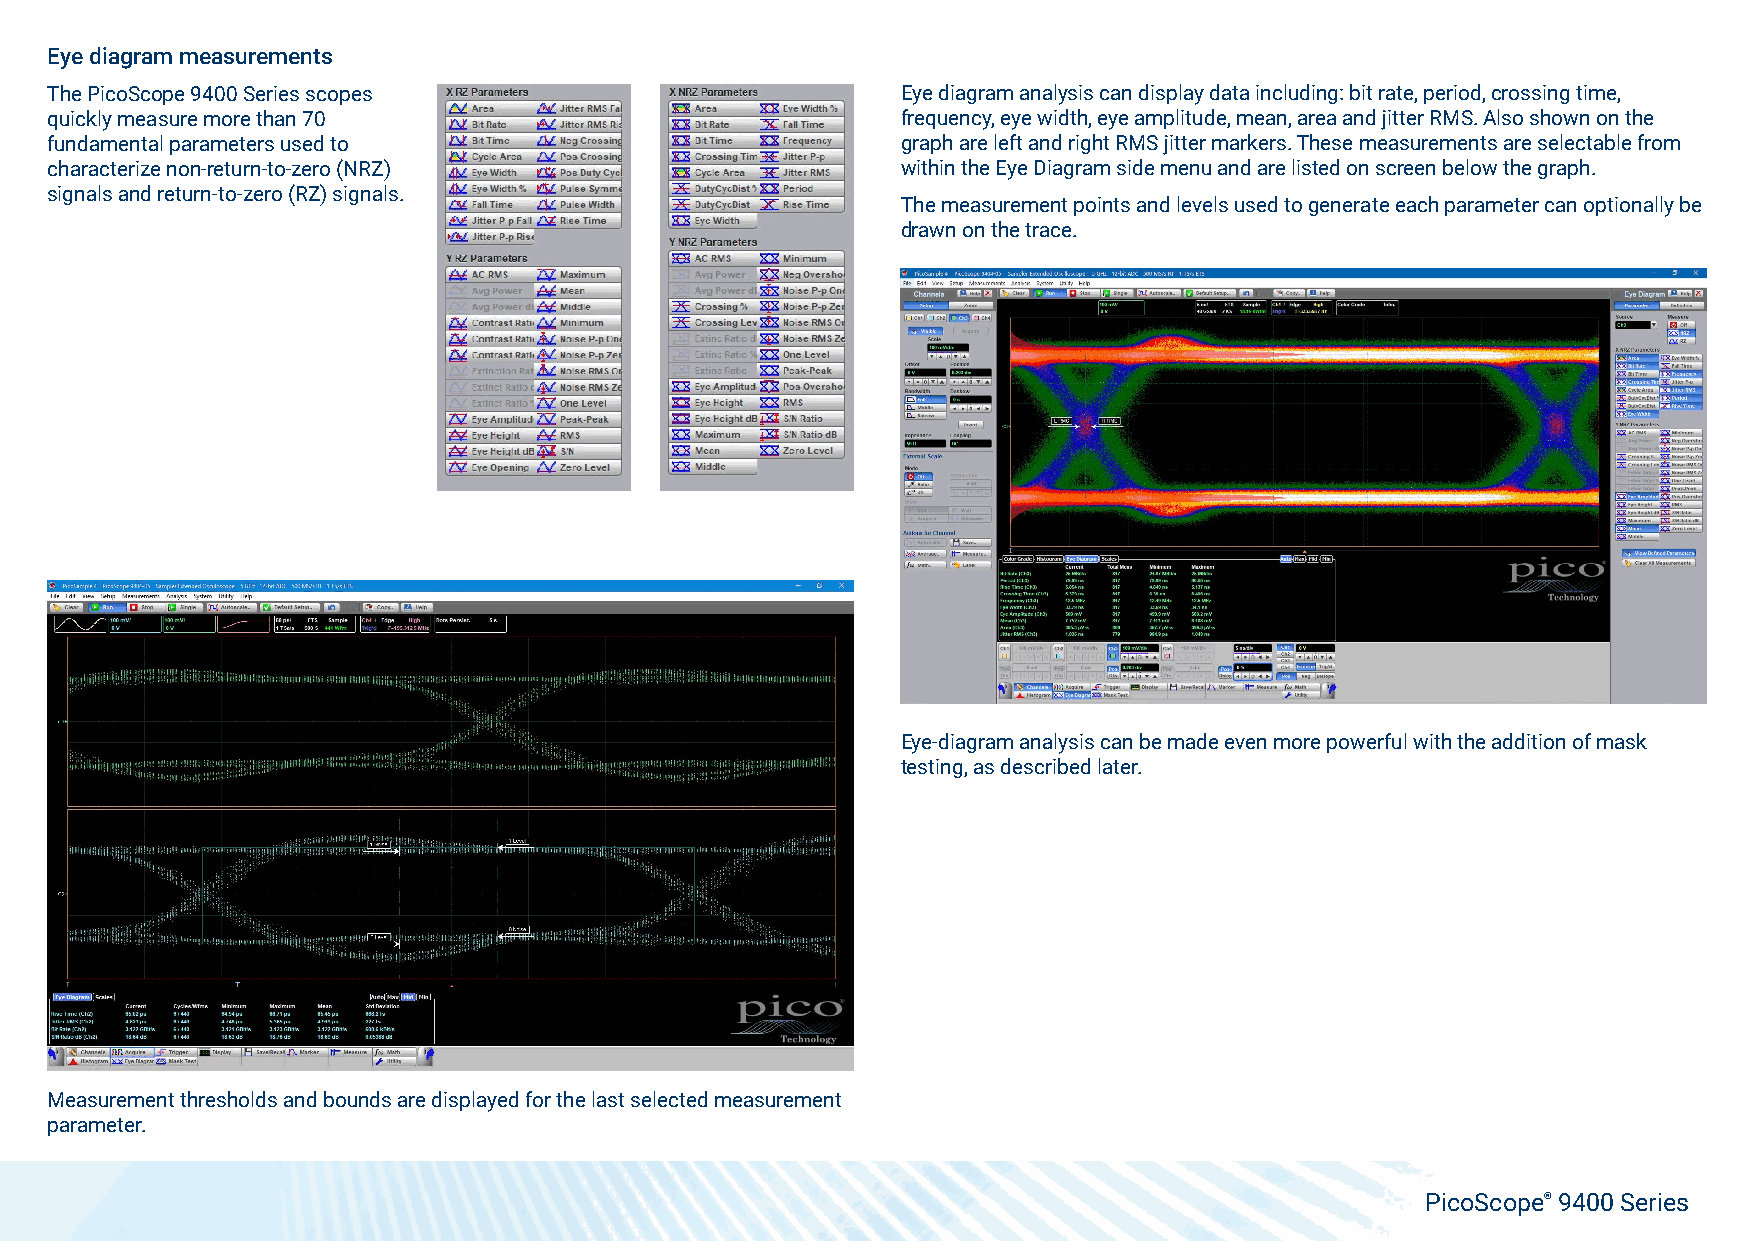
Eye diagram measurements
 The PicoScope 9400 Series scopes                         Eye diagram analysis can display data including: bit rate, period, crossing time,
 quickly measure more than 70                             frequency, eye width, eye amplitude, mean, area and jitter RMS. Also shown on the
 fundamental parameters used to                           graph are left and right RMS jitter markers. These measurements are selectable from
 characterize non-return-to-zero (NRZ)                    within the Eye Diagram side menu and are listed on screen below the graph.
 signals and return-to-zero (RZ) signals.
 The measurement points and levels used to generate each parameter can optionally be
 drawn on the trace.
 Eye-diagram analysis can be made even more powerful with the addition of mask
 testing, as described later.
 Measurement thresholds and bounds are displayed for the last selected measurement
 parameter.
 PicoScope® 9400 Series